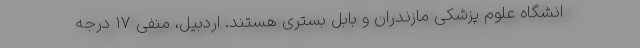
انشگاه علوم پزشکی مازندران و بابل بستری هستند. اردبیل، منفی ۱۷ درجه